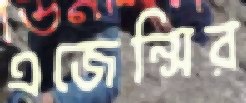
এজেন্সির